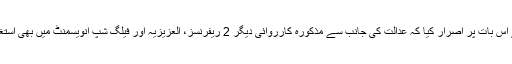
تاہم شریف خاندان کے وکلا نے اس کی مخالفت کرتے ہوئے اس بات پر اصرار کیا کہ عدالت کی جانب سے مذکورہ کارروائی دیگر 2 ریفرنسز، العزیزیہ اور فیلگ شپ انویسمنٹ میں بھی استغاثہ کے گواہان کے بیانات حاصل کرنے کے بعد کی جائے۔